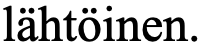
lähtöinen.